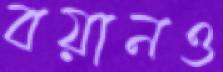
বয়ানও